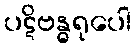
ပဋိဗန္ဓရုပေါ